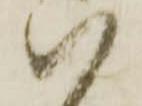
ハ